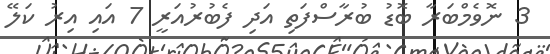
3 ނޮވެމްބަރާ ބޮޑު ބުރާސްފަތި އަދި ފެބުރުއަރީ 7 އައި އިރު ކަލޭ